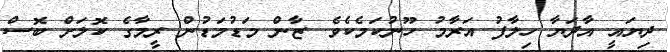
ދިޔައީ އާދަޔާ ހިލާފު އަރާމު ހޫނުކަމެކެވެ. ޒާން މަޑުމަޑުން ރީމާގެ ކޮލަށް ބޮސް